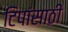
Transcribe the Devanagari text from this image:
टिपांसाठी